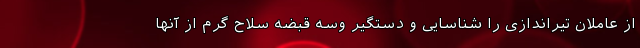
از عاملان تیراندازی را شناسایی و دستگیر وسه قبضه سلاح گرم از آنها